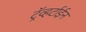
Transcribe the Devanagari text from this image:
ट्रॅव्हर्टाईन